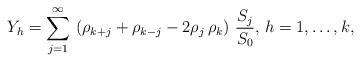
LaTeX: \begin{align*}Y_{h}=\sum \limits_{j=1}^{\infty }\,\left( \rho_{k+j}+\rho_{k-j}-2 \rho_{j}\, \rho_{k}\right)\,\frac{S_{j}}{S_{0}},\, h=1,\ldots ,k,\end{align*}